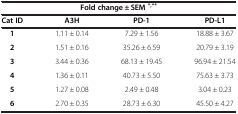
| <COLSPAN=4> Fold change ± SEM*,** |
 | Cat ID | A3H | PD-1 | PD-L1 |
 | --- | --- | --- | --- |
 | 1 | 1.11 ± 0.14 | 7.29 ± 1.56 | 18.88 ± 3.67 |
 | 2 | 1.51 ± 0.16 | 35.26 ± 6.59 | 20.79 ± 3.19 |
 | 3 | 3.44 ± 0.36 | 68.13 ± 19.45 | 96.94 ± 21.54 |
 | 4 | 1.36 ± 0.11 | 40.73 ± 5.50 | 75.63 ± 3.73 |
 | 5 | 1.27 ± 0.08 | 2.49 ± 0.48 | 3.04 ± 0.23 |
 | 6 | 2.70 ± 0.35 | 28.73 ± 6.30 | 45.50 ± 4.27 |